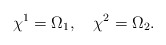
\begin{align*}\chi^{1}=\Omega_{1},~~~\chi^{2}=\Omega_{2}.\end{align*}